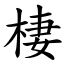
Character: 棲